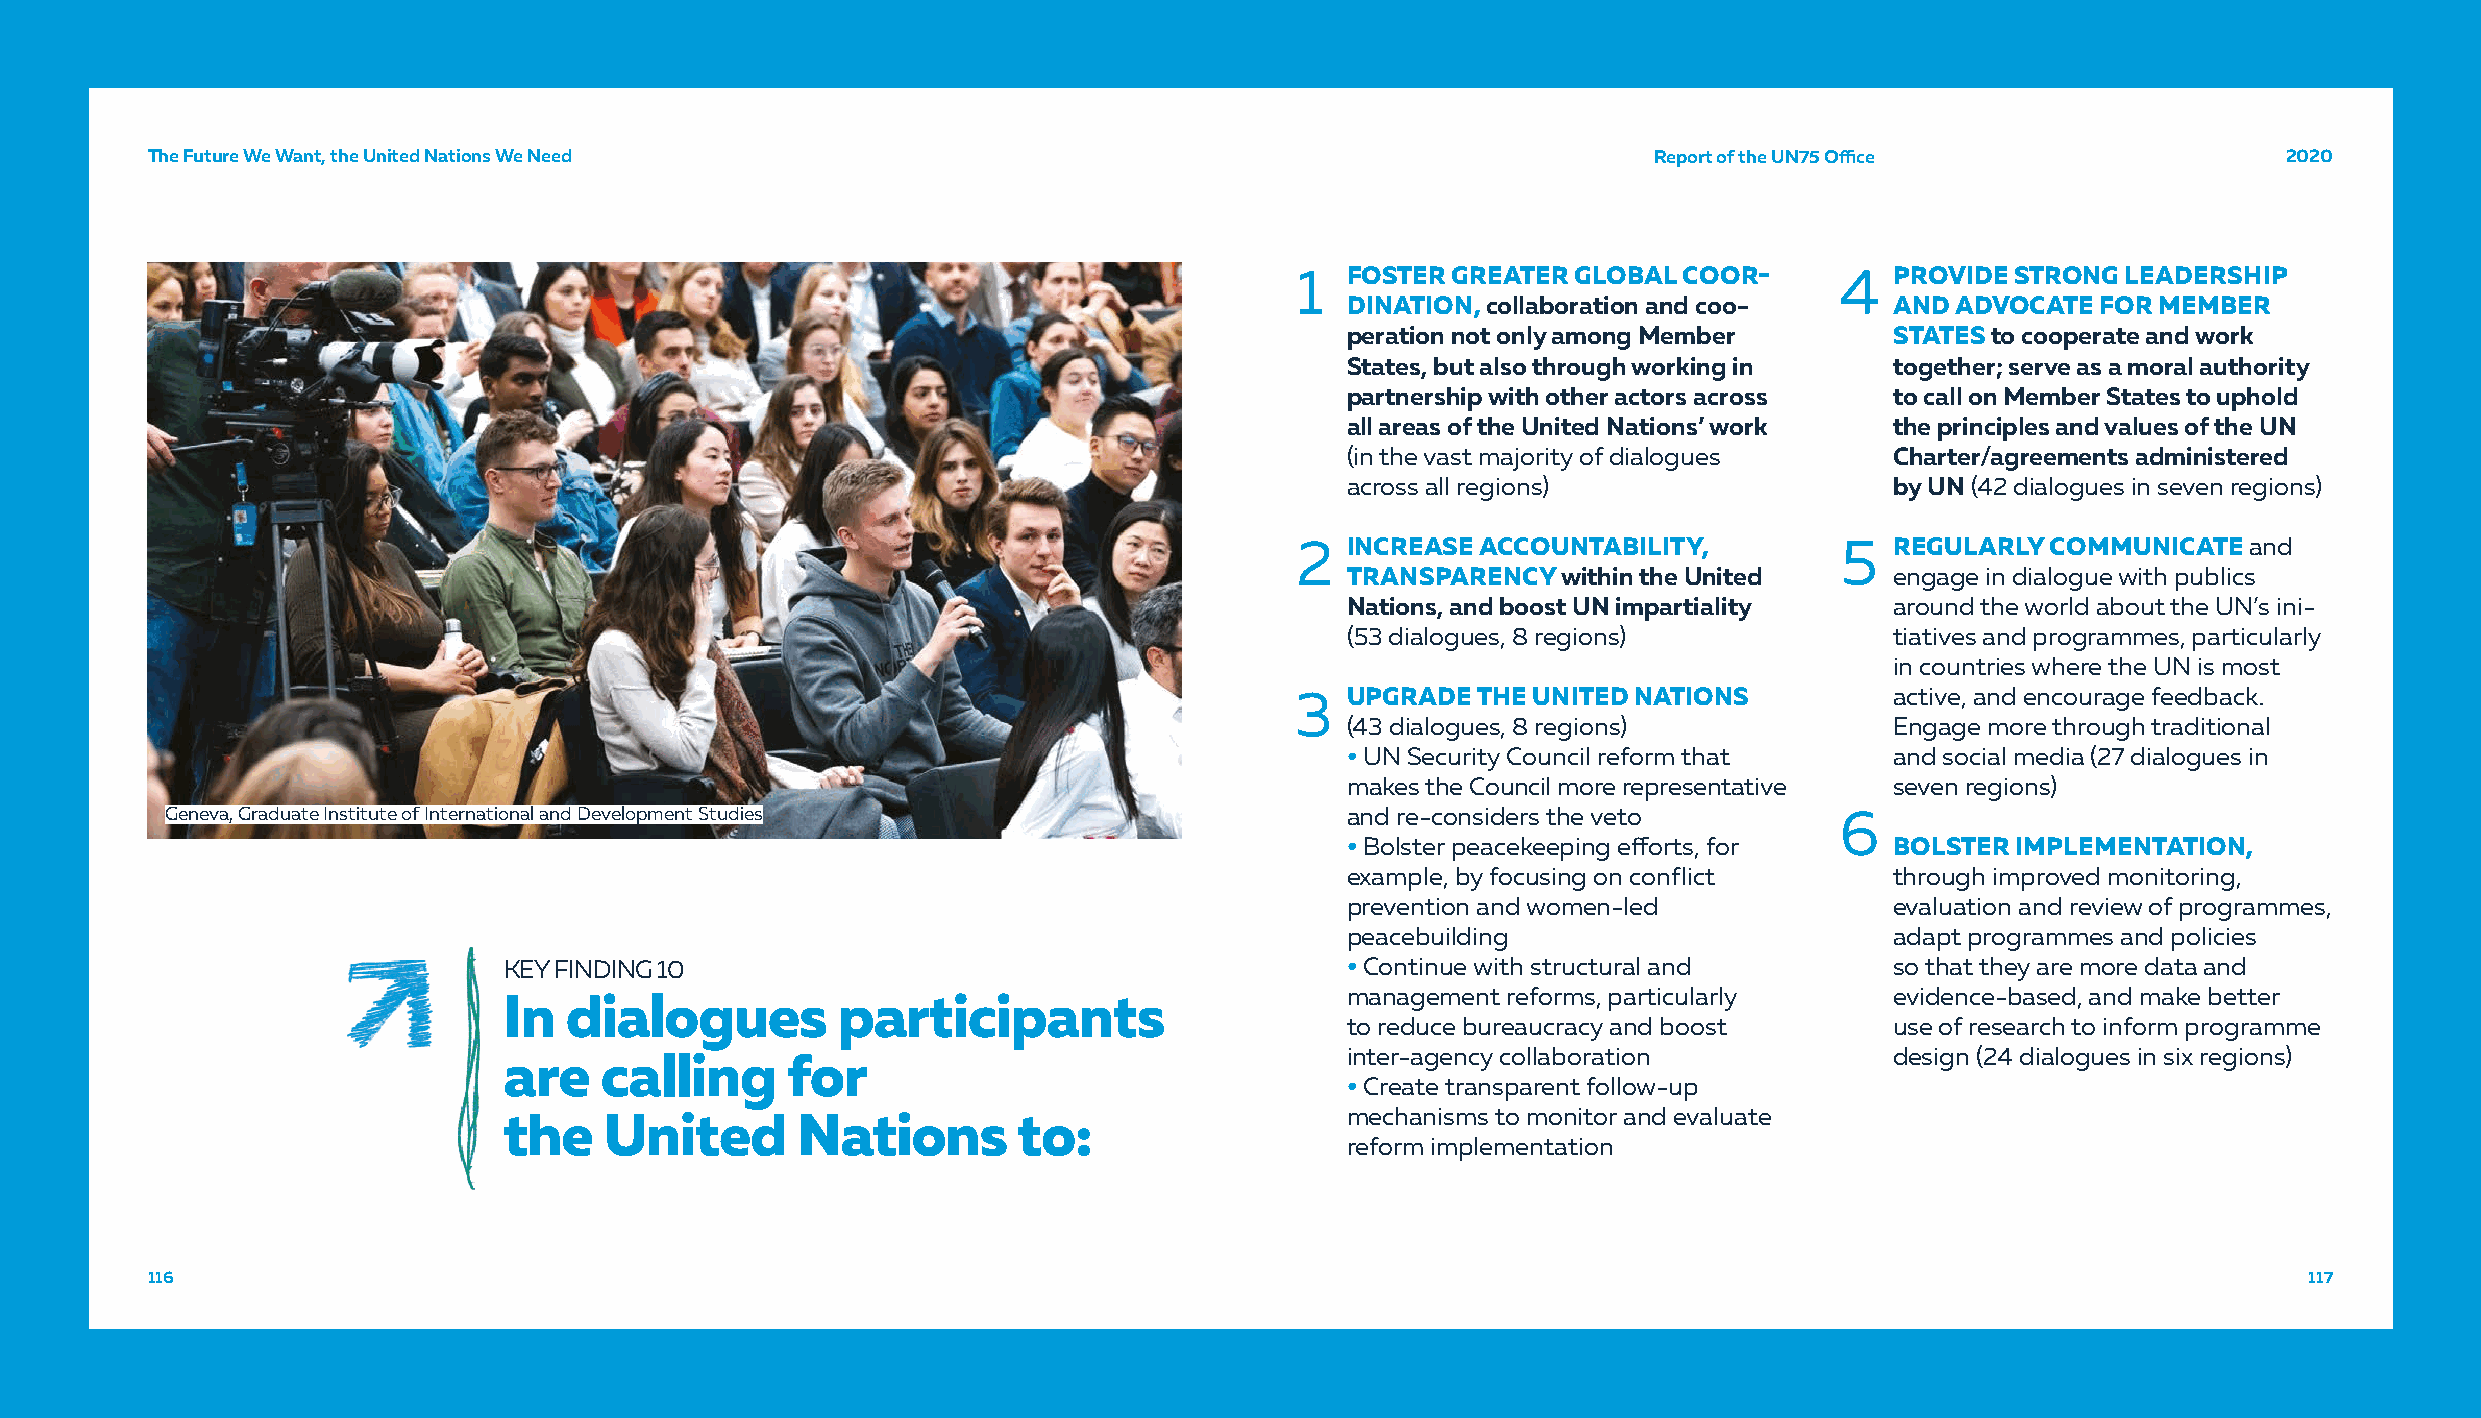
TThhee FFuuttuurree WWee WWaanntt,, tthhee UUnniitteedd NNaattiioonnss WWee NNeeeedd               RReeppoorrtt ooff tthhee UUNN7755 OOffifficcee 22002200
 1  FOSTER GREATER GLOBAL COOR-      4  PROVIDE STRONG  LEADERSHIP
 DINATION, collaboration and coo-    AND ADVOCATE  FOR MEMBER
 peration not only among Member      STATES to cooperate and work
 States, but also through working in together; serve as a moral authority
 partnership with other actors across to call on Member States to uphold
 all areas of the United Nations’ work the principles and values of the UN
 (in the vast majority of dialogues  Charter/agreements administered
 across all regions)                 by UN (42 dialogues in seven regions)
 2  INCREASE ACCOUNTABILITY,         5  REGULARLY  COMMUNICATE  and
 TRANSPARENCY  within the United     engage in dialogue with publics
 Nations, and boost UN impartiality  around the world about the UN’s ini-
 (53 dialogues, 8 regions)           tiatives and programmes, particularly
 in countries where the UN is most
 3  UPGRADE  THE UNITED NATIONS         active, and encourage feedback.
 (43 dialogues, 8 regions)           Engage more through traditional
 • UN Security Council reform that   and social media (27 dialogues in
 makes the Council more representative seven regions)
 Geneva, Graduate Institute of International and Development Studies           and re-considers the veto        6
 • Bolster peacekeeping efforts, for BOLSTER IMPLEMENTATION,
 example, by focusing on conflict    through improved monitoring,
 prevention and women-led            evaluation and review of programmes,
 peacebuilding                       adapt programmes and policies
 KEY FINDING 10                                          • Continue with structural and      so that they are more data and
 management reforms, particularly    evidence-based, and make better
 In  dialogues         participants
 to reduce bureaucracy and boost     use of research to inform programme
 inter-agency collaboration          design (24 dialogues in six regions)
 are    calling     for
 • Create transparent follow-up
 mechanisms to monitor and evaluate
 the    United       Nations       to:
 reform implementation
 111166                                                                                                                                         111177